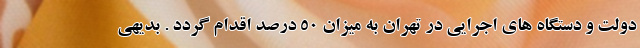
دولت و دستگاه های اجرایی در تهران به میزان ۵۰ درصد اقدام گردد . بدیهی